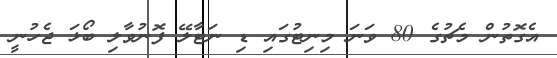
އެގޮތުން މެޗުގެ 80 ވަނަ މިނިޓުގައި ޑި ނަޓާލޭ ފޮނުވާލި ބޯޅަ ޖެހުނީ